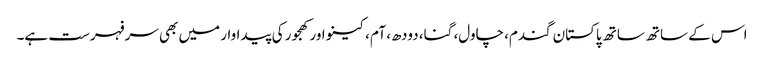
اس کے ساتھ ساتھ پاکستان گندم، چاول، گنا، دودھ، آم، کینو اور کھجور کی پیداوار میں بھی سرفہرست ہے۔